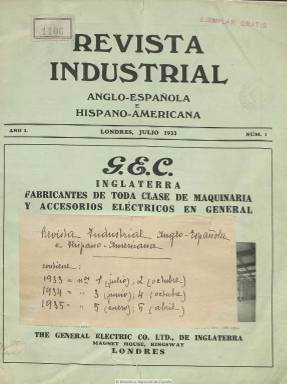
Título: Revista industrial anglo-española e hispano-americana
Colección: Industria
Ámbito geográfico: Gran Bretaña
Lugar de publicación: Londres
Fechas: 01/07/1933-30/04/1935

Publicación de carácter técnico de la Casa de Nito, Díez & Co. LTD, de ingenieros y agentes industriales, con sede en Londres, en la que se ofrecen textos teóricos y prácticos sobre el desarrollo y evolución de la industria británica, sus instalaciones mecánicas y eléctricas, empresas, talleres, aparatos, motores y otras innovaciones, que se consideraban de gran interés tanto para técnicos españoles como hispanoamericanos. Su director es el ingeniero industrial F. de Nito. Sus entregas, en torno a la treintena de páginas, con inserción de fotografías, incluso en sus anuncios publicitarios de empresas británicas. Escrita en castellano, cada entrega comienza con un editorial, e incluye artículos sobre una nueva locomotora diésel, una instalación moderna de pasteurización, vehículos modernos de recogida basuras y de transporte público, la industria eléctrica en Gran Bretaña, teléfonos marinos e industriales o sobre la televisión. Tiene secciones de Miscelánea y de Información financiera y comercial, así como una Guía del comprador. Aunque se dice trimestral, la colección de la Biblioteca Nacional de España la integran seis números, desde julio de 1933 a abril de 1935.